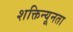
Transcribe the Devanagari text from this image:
शक्तिन्यूनता